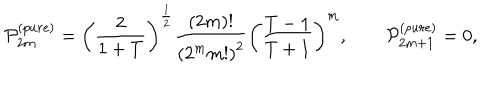
{ \cal P } _ { 2 m } ^ { ( p u r e ) } = \left( \frac 2 { 1 + T } \right) ^ { \frac 1 2 } \frac { ( 2 m ) ! } { \left( 2 ^ { m } m ! \right) ^ { 2 } } \left( \frac { T - 1 } { T + 1 } \right) ^ { m } , \qquad { \cal P } _ { 2 m + 1 } ^ { ( p u r e ) } = 0 ,